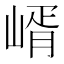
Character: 𡹲